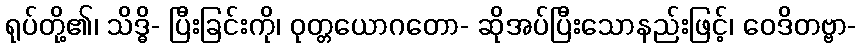
ရုပ်တို့၏၊ သိဒ္ဓိ- ပြီးခြင်းကို၊ ဝုတ္တယောဂတော- ဆိုအပ်ပြီးသောနည်းဖြင့်၊ ဝေဒိတဗ္ဗာ-